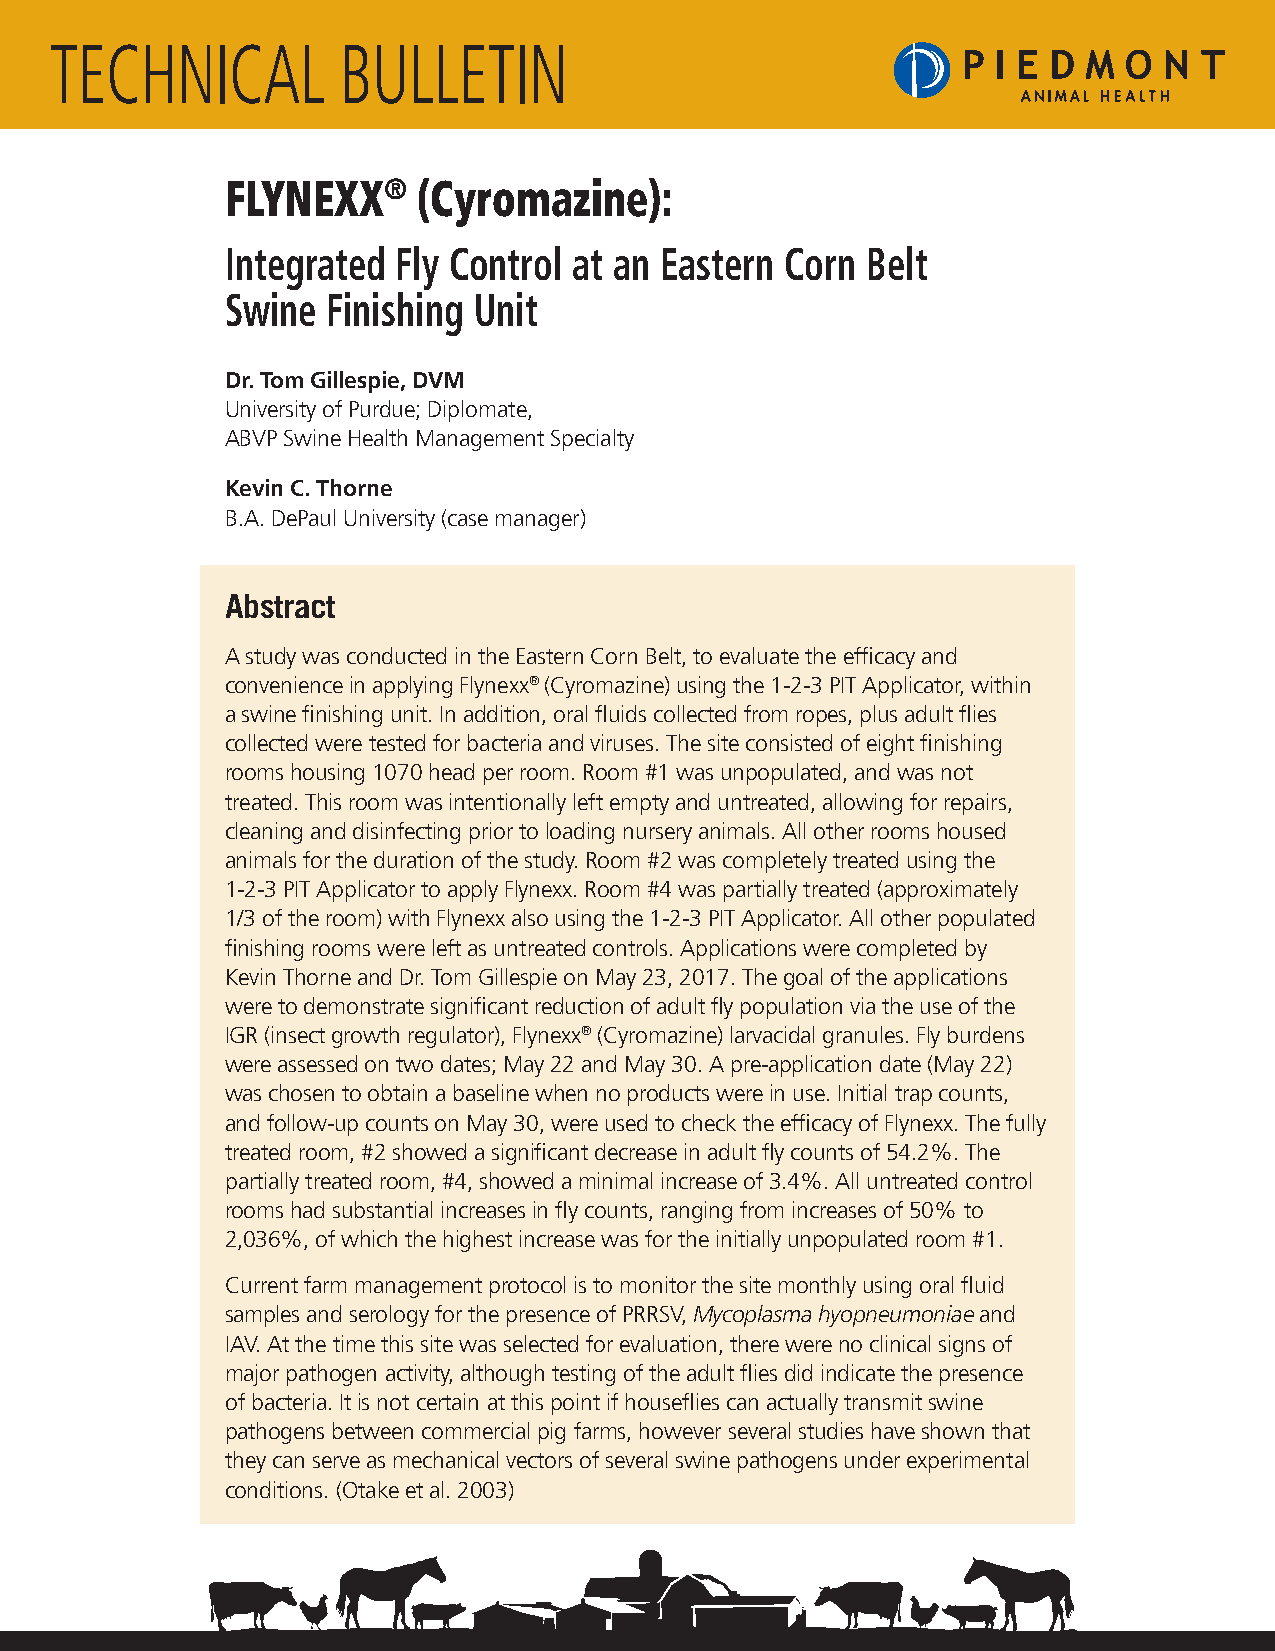
TECHNICAL          BULLETIN
 FLYNEXX®     (Cyromazine):
 Integrated Fly Control at an Eastern Corn Belt
 Swine  Finishing Unit
 Dr. Tom Gillespie, DVM
 University of Purdue; Diplomate,
 ABVP Swine Health Management Specialty
 Kevin C. Thorne
 B.A. DePaul University (case manager)
 Abstract
 A study was conducted in the Eastern Corn Belt, to evaluate the efficacy and
 convenience in applying Flynexx® (Cyromazine) using the 1-2-3 PIT Applicator, within
 a swine finishing unit. In addition, oral fluids collected from ropes, plus adult flies
 collected were tested for bacteria and viruses. The site consisted of eight finishing
 rooms housing 1070 head per room. Room #1 was unpopulated, and was not
 treated. This room was intentionally left empty and untreated, allowing for repairs,
 cleaning and disinfecting prior to loading nursery animals. All other rooms housed
 animals for the duration of the study. Room #2 was completely treated using the
 1-2-3 PIT Applicator to apply Flynexx. Room #4 was partially treated (approximately
 1/3 of the room) with Flynexx also using the 1-2-3 PIT Applicator. All other populated
 finishing rooms were left as untreated controls. Applications were completed by
 Kevin Thorne and Dr. Tom Gillespie on May 23, 2017. The goal of the applications
 were to demonstrate significant reduction of adult fly population via the use of the
 IGR (insect growth regulator), Flynexx® (Cyromazine) larvacidal granules. Fly burdens
 were assessed on two dates; May 22 and May 30. A pre-application date (May 22)
 was chosen to obtain a baseline when no products were in use. Initial trap counts,
 and follow-up counts on May 30, were used to check the efficacy of Flynexx. The fully
 treated room, #2 showed a significant decrease in adult fly counts of 54.2%. The
 partially treated room, #4, showed a minimal increase of 3.4%. All untreated control
 rooms had substantial increases in fly counts, ranging from increases of 50% to
 2,036%, of which the highest increase was for the initially unpopulated room #1.
 Current farm management protocol is to monitor the site monthly using oral fluid
 samples and serology for the presence of PRRSV, Mycoplasma hyopneumoniae and
 IAV. At the time this site was selected for evaluation, there were no clinical signs of
 major pathogen activity, although testing of the adult flies did indicate the presence
 of bacteria. It is not certain at this point if houseflies can actually transmit swine
 pathogens between commercial pig farms, however several studies have shown that
 they can serve as mechanical vectors of several swine pathogens under experimental
 conditions. (Otake et al. 2003)